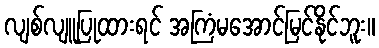
လျစ်လျူပြုထားရင် အကြံမအောင်မြင်နိုင်ဘူး။